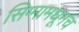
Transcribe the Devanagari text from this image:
सिग्मामधूनच